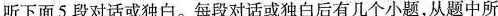
听下面5 段对话或独白.每段对话或独白后有几个小题,从题中所